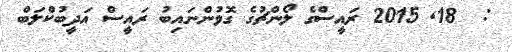
:  18